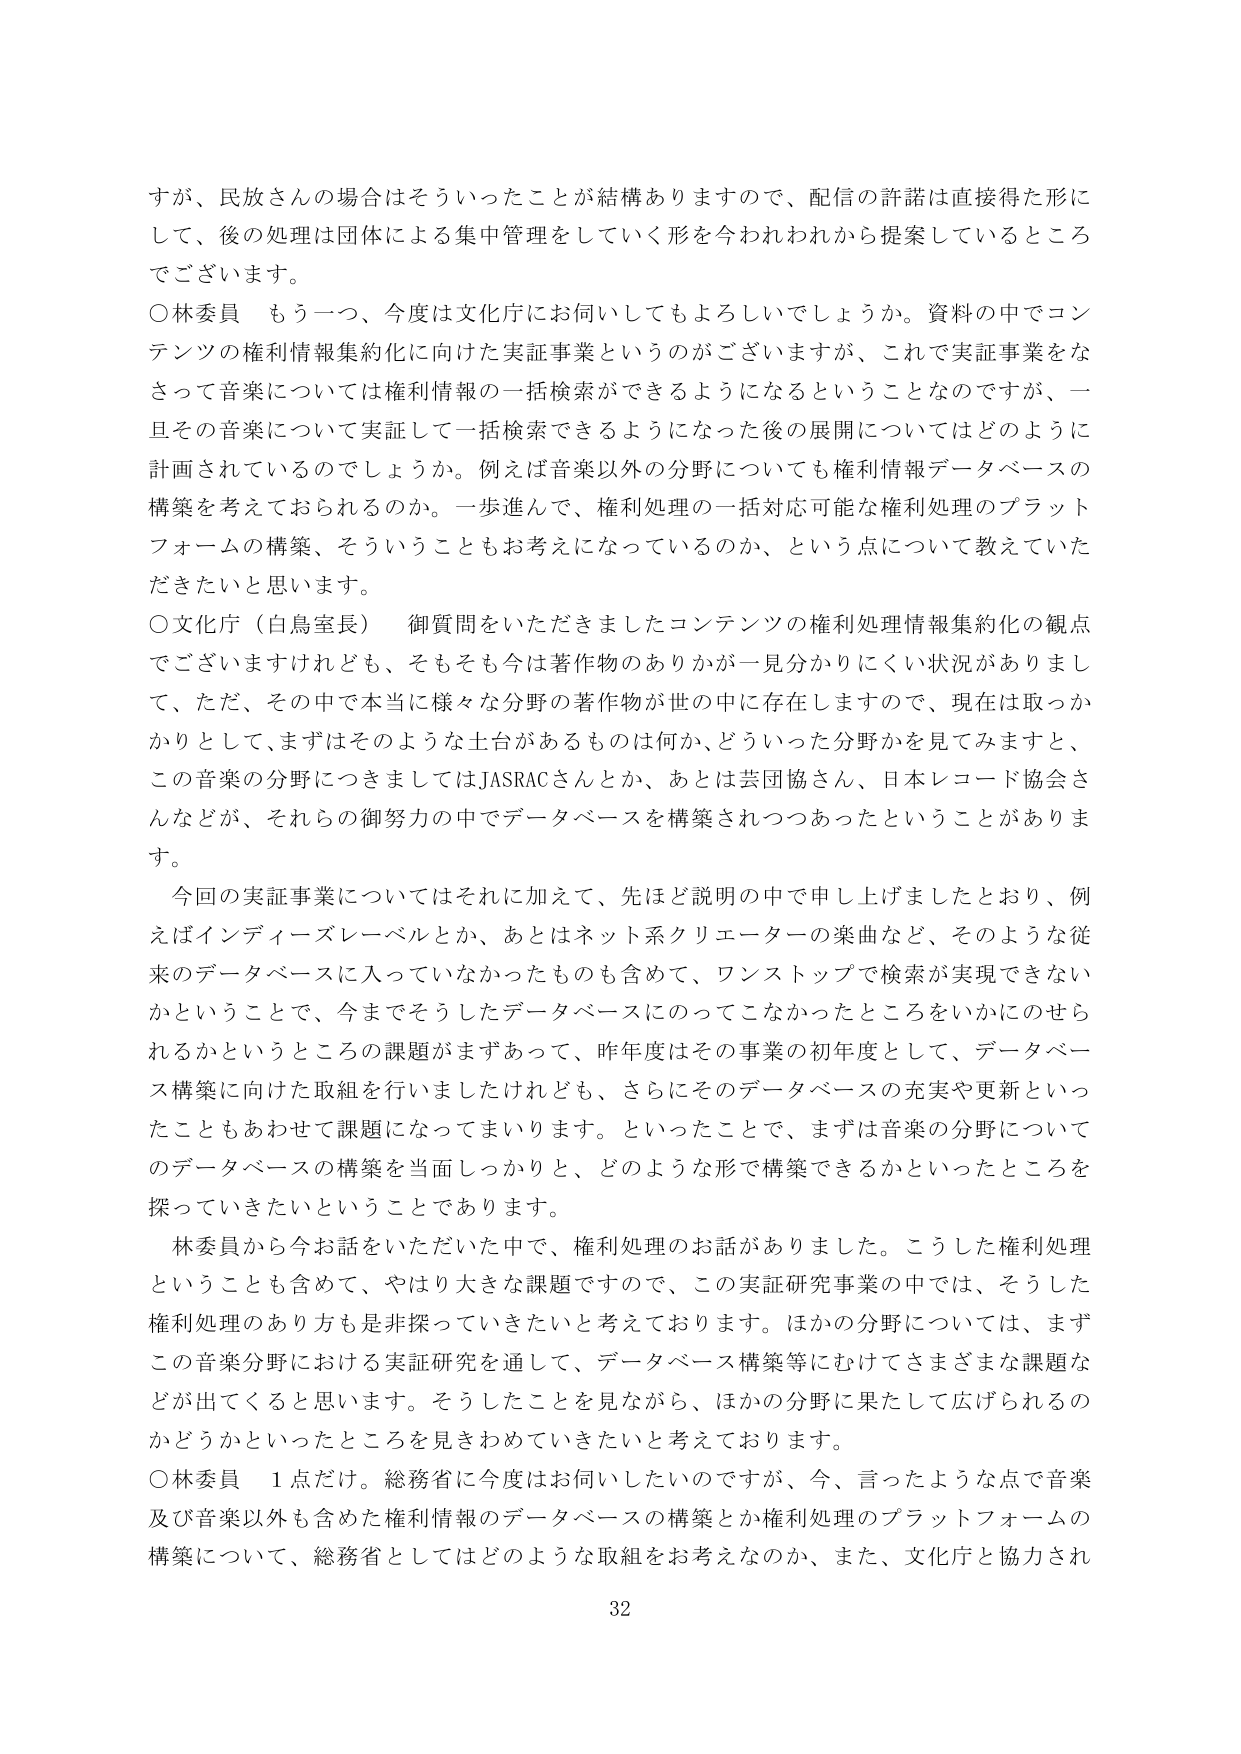
すが、民放さんの場合はそういったことが結構ありますので、配信の許諾は直接得た形に
して、後の処理は団体による集中管理をしていく形を今われわれから提案しているところ
でございます。
○林委員 もう一つ、今度は文化庁にお伺いしてもよろしいでしょうか。資料の中でコン
テンツの権利情報集約化に向けた実証事業というのがございますが、これで実証事業をな
さって音楽については権利情報の一括検索ができるようになるということなんですが、一
旦その音楽について実証して一括検索できるようになった後の展開についてはどのように
計画されているのでしょうか。例えば音楽以外の分野についても権利情報データベースの
構築を考えておられるのか。一歩進んで、権利処理の一括対応可能な権利処理のプラット
フォームの構築、そういうこともお考えになっているのか、という点について教えていた
だきたいと思います。
○文化庁（白鳥室長） 御質問をいただきましたコンテンツの権利処理情報集約化の観点
でございますけれども、そもそも今は著作物のありかが一見分かりにくい状況がありまし
て、ただ、その中で本当に様々な分野の著作物が世の中に存在しますので、現在は取っか
かりとして、まずはそのような土台があるものは何か、どういった分野を見てみますと、
この音楽の分野につきましてはJASRACさんとか、あとは芸団協さん、日本レコード協会さ
んなどが、それらの御努力の中でデータベースを構築されつつあったということがありま
す。
今回の実証事業についてはそれに加えて、先ほど説明の中で申し上げましたとおり、例
えばインディーズレーベルとか、あとはネット系クリエーターの楽曲など、そのような従
来のデータベースに入っていなかったものも含めて、ワンストップで検索が実現できない
かということで、今までそうしたデータベースにのってこなかったところをいかにのせら
れるかというところの課題がまずあって、昨年度はその事業の初年度として、データベー
ス構築に向けた取組を行いましたけれども、さらにそのデータベースの充実や更新といっ
たこともあわせて課題になってまいります。といったことで、まずは音楽の分野について
のデータベースの構築を当面しっかりと、どのような形で構築できるかといったところを
探っていきたいということであります。
林委員から今お話をいただいた中で、権利処理のお話がありました。こうした権利処理
ということも含めて、やはり大きな課題ですので、この実証研究事業の中では、そうした
権利処理のあり方も是非探っていきたいと考えております。ほかの分野については、まず
この音楽分野における実証研究を通して、データベース構築等にむけてさまざまな課題な
どが出てくると思います。そうしたことを見ながら、ほかの分野に果たして広げられるの
かどうかといったところを見きわめていきたいと考えております。
○林委員 1点だけ。総務省に今度はお伺いしたいのですが、今、言ったような点で音楽
及び音楽以外も含めた権利情報のデータベースの構築とか権利処理のプラットフォームの
構築について、総務省としてはどのような取組をお考えなのか、また、文化庁と協力され
32